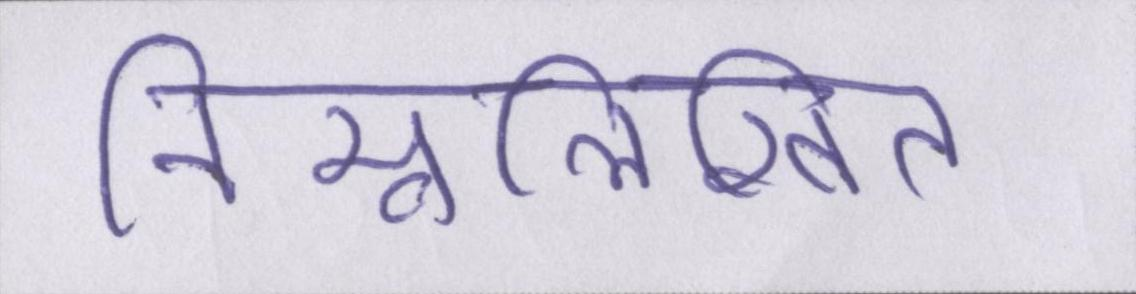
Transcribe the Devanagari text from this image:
निम्नलिखित